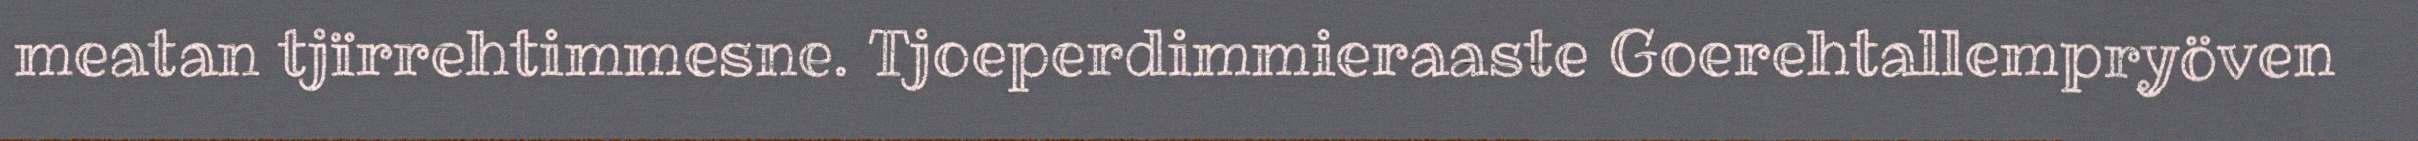
meatan tjïrrehtimmesne. Tjoeperdimmieraaste Goerehtallempryöven